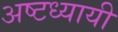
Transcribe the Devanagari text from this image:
अष्टध्यायी